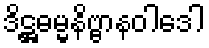
ဒိဋ္ဌဓမ္မနိဗ္ဗာနဝါဒေါ